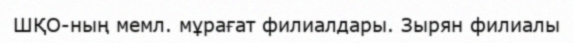
ШҚО-ның мемл. мұрағат филиалдары. Зырян филиалы